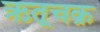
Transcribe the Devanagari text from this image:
ऋतूचक्र